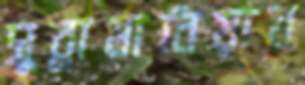
সুব্রামানিয়াম